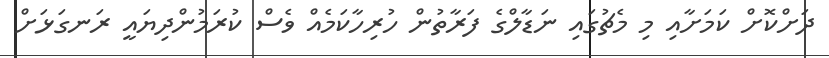
ދަށްކޮށް ކަމަށާއި މި މެޗުގައި ނަޑާލްގެ ފަރާތުން ހުރިހާކަމެއް ވެސް ކުރަމުންދިޔައީ ރަނގަޅަށް